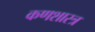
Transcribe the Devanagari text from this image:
कणशास्त्र